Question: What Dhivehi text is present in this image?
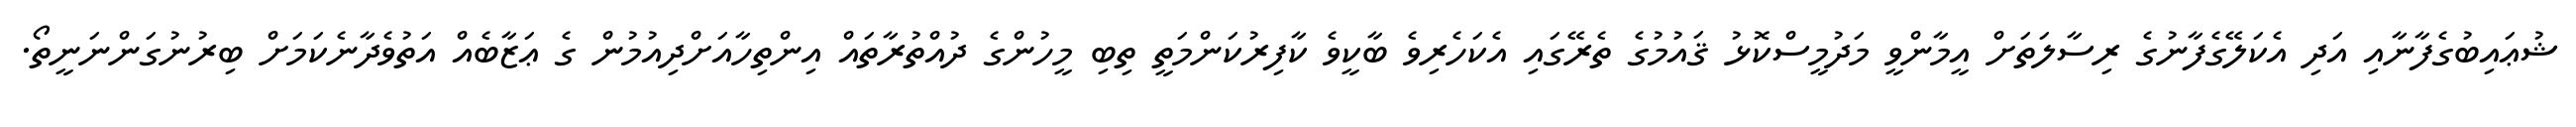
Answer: ޝުޢައިބުގެފާނާއި އަދި އެކަލޭގެފާނުގެ ރިސާލަތަށް އީމާންވީ މަދުމީސްކޮޅު ޤައުމުގެ ތެރޭގައި އެކަހެރިވެ ބާކީވެ ކާފިރުކަންމަތީ ތިބި މީހުންގެ ދުއްތުރާތައް އިންތިހާއަށްދިއުމުން ގެ ޢަޒާބެއް އަތުވެދާނެކަމަށް ބިރުނުގަންނަނީތޯ.